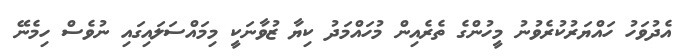
އެދުވަހު ހައްޔަރުކުރެވުނު މީހުންގެ ތެރެއިން މުހައްމަދު ކިޔާ ޒުވާނަކީ މިމައްސަލައިގައި ނުވެސް ހިމެނޭ